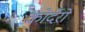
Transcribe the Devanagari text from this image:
कोर्देरो